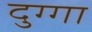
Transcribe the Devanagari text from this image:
दुग्गा